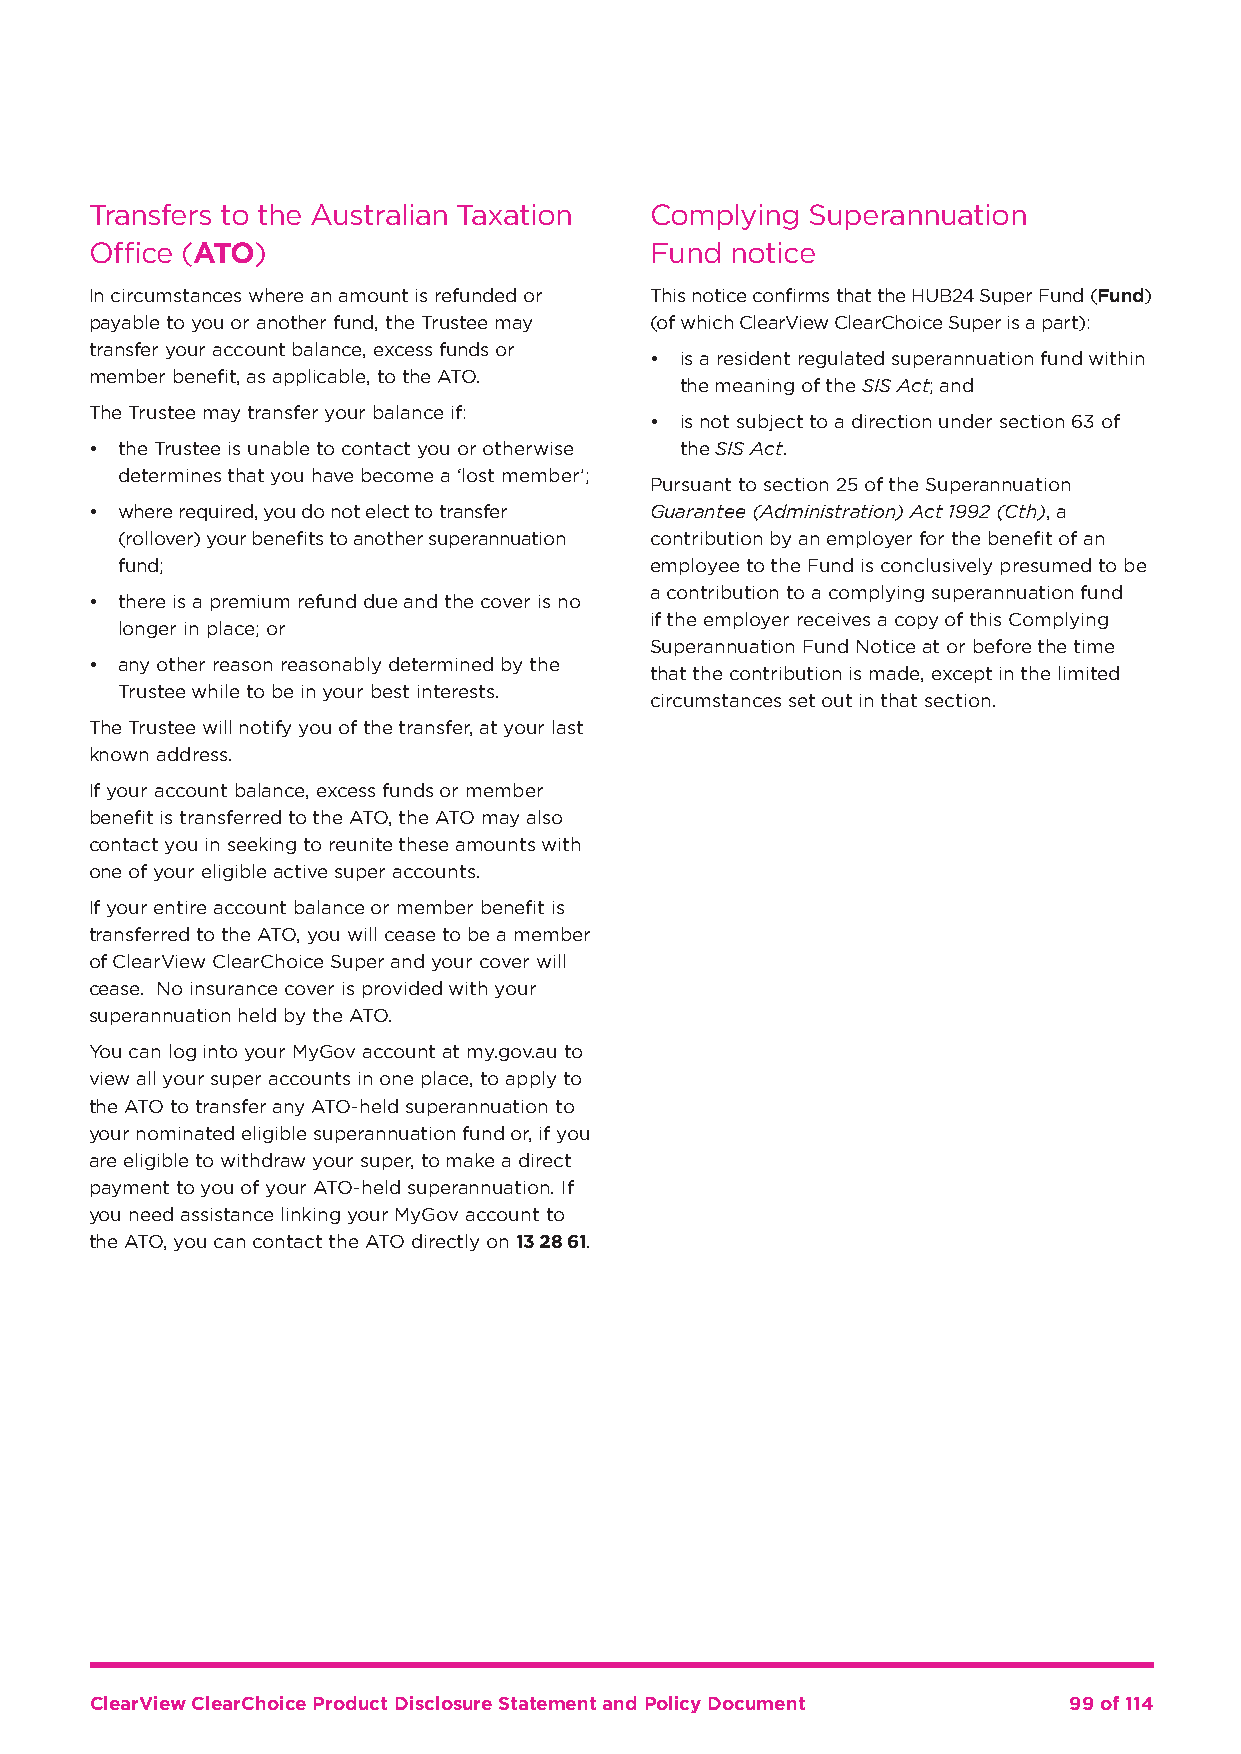
Transfers to the Australian Taxation Complying  Superannuation
 Office (ATO)                         Fund notice
 In circumstances where an amount is refunded or This notice confirms that the HUB24 Super Fund (Fund)
 payable to you or another fund, the Trustee may (of which ClearView ClearChoice Super is a part):
 transfer your account balance, excess funds or
 • is a resident regulated superannuation fund within
 member benefit, as applicable, to the ATO.
 the meaning of the SIS Act; and
 The Trustee may transfer your balance if:
 • is not subject to a direction under section 63 of
 • the Trustee is unable to contact you or otherwise the SIS Act.
 determines that you have become a ‘lost member’;
 Pursuant to section 25 of the Superannuation
 • w here required, you do not elect to transfer Guarantee (Administration) Act 1992 (Cth), a
 (rollover) your benefits to another superannuation contribution by an employer for the benefit of an
 fund;                              employee to the Fund is conclusively presumed to be
 a contribution to a complying superannuation fund
 • there is a premium refund due and the cover is no
 if the employer receives a copy of this Complying
 longer in place; or
 Superannuation Fund Notice at or before the time
 • any other reason reasonably determined by the
 that the contribution is made, except in the limited
 Trustee while to be in your best interests.
 circumstances set out in that section.
 The Trustee will notify you of the transfer, at your last
 known address.
 If your account balance, excess funds or member
 benefit is transferred to the ATO, the ATO may also
 contact you in seeking to reunite these amounts with
 one of your eligible active super accounts.
 If your entire account balance or member benefit is
 transferred to the ATO, you will cease to be a member
 of ClearView ClearChoice Super and your cover will
 cease. No insurance cover is provided with your
 superannuation held by the ATO.
 You can log into your MyGov account at my.gov.au to
 view all your super accounts in one place, to apply to
 the ATO to transfer any ATO-held superannuation to
 your nominated eligible superannuation fund or, if you
 are eligible to withdraw your super, to make a direct
 payment to you of your ATO-held superannuation. If
 you need assistance linking your MyGov account to
 the ATO, you can contact the ATO directly on 13 28 61.
 ClearView ClearChoice Product Disclosure Statement and Policy Document 99 of 114